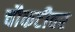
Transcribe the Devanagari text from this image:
चौकटीवर